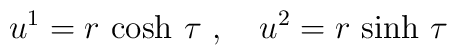
u^1 = r\, \cosh\,\tau\ ,\ \ \ u^2 = r\, \sinh\,\tau